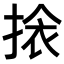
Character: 𭡖